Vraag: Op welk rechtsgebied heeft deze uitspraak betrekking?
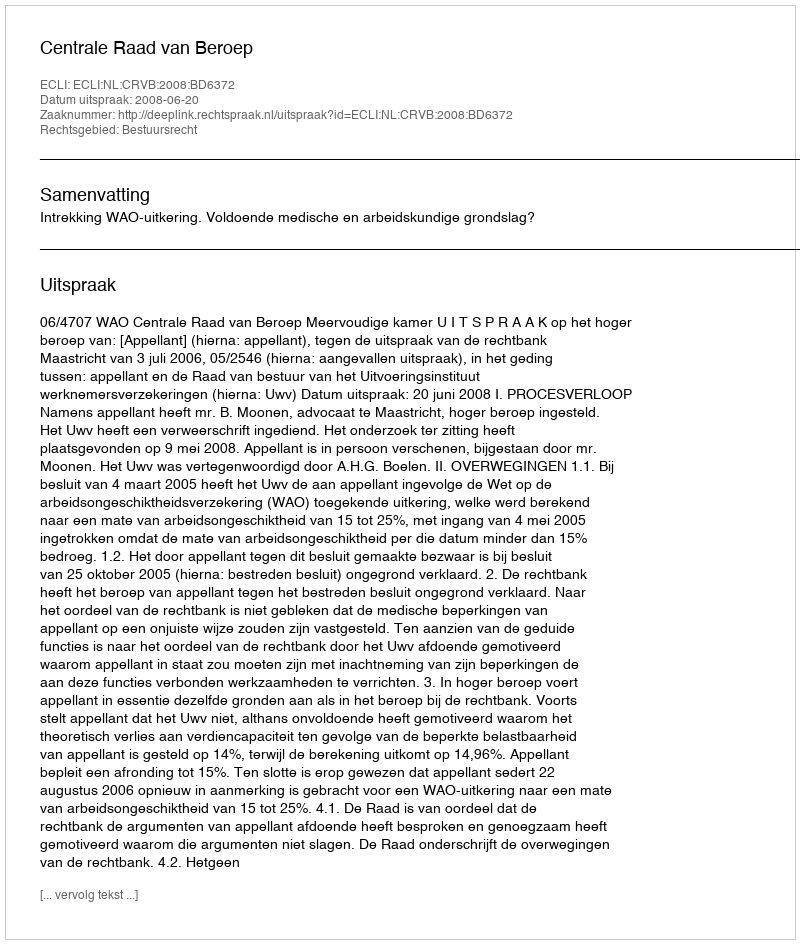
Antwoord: Bestuursrecht